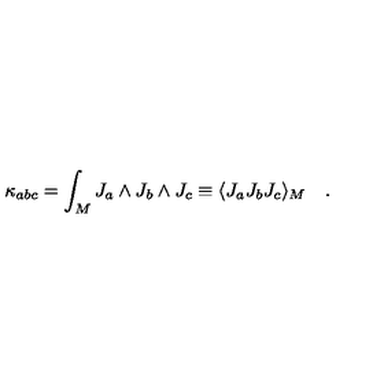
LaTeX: \kappa _ { a b c } = \int _ { M } J _ { a } \wedge J _ { b } \wedge J _ { c } \equiv \langle J _ { a } J _ { b } J _ { c } \rangle _ { M } \quad .